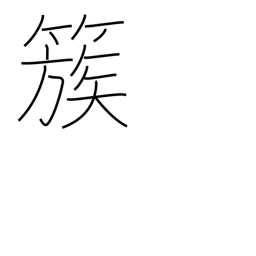
Meaning: group